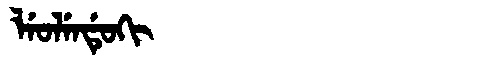
Manchu: ᠯᡝᠣᠯᡝᠨᡩᡠᡴᡳ
Romanization: LEOLENDUKI